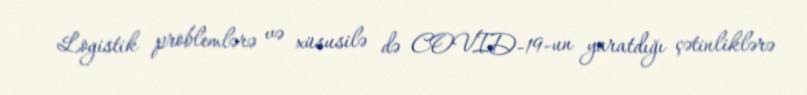
Logistik problemlərə və xüsusilə də COVID-19-un yaratdığı çətinliklərə